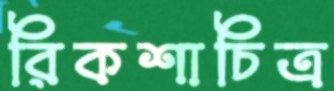
রিকশাচিত্র